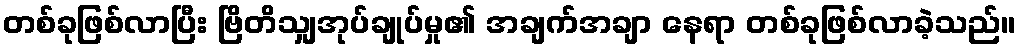
တစ်ခုဖြစ်လာပြီး ဗြိတိသျှအုပ်ချုပ်မှု၏ အချက်အချာ နေရာ တစ်ခုဖြစ်လာခဲ့သည်။